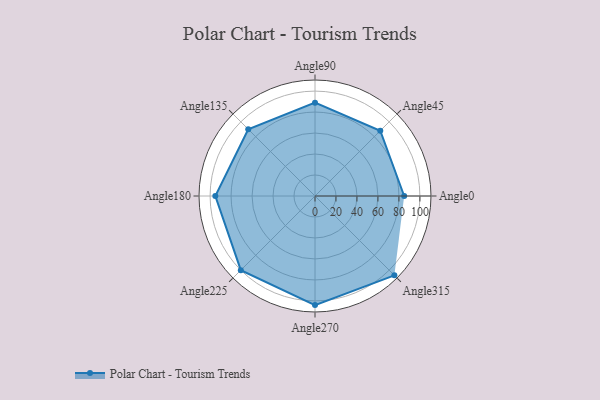
{"axis": {"x": "Angle", "y": "Radius"}, "legend": [""], "data": [{"x": "Angle0", "y": 85.0, "type": ""}, {"x": "Angle45", "y": 88.0, "type": ""}, {"x": "Angle90", "y": 89.0, "type": ""}, {"x": "Angle135", "y": 90.0, "type": ""}, {"x": "Angle180", "y": 95.0, "type": ""}, {"x": "Angle225", "y": 100.0, "type": ""}, {"x": "Angle270", "y": 104.0, "type": ""}, {"x": "Angle315", "y": 107.0, "type": ""}]}